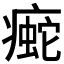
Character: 𰣿